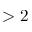
> 2